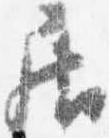
居